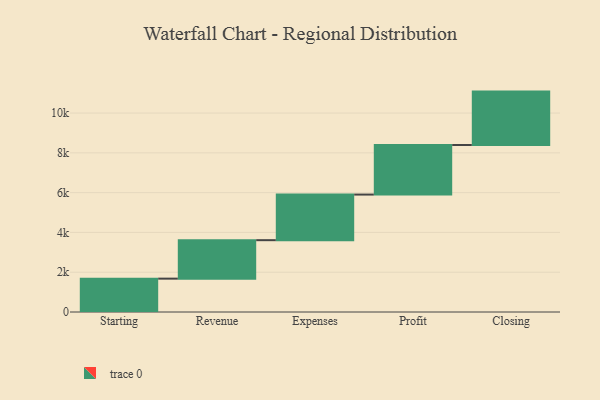
{"axis": {"x": "Step", "y": "Value"}, "legend": [""], "data": [{"x": "Starting", "y": 1677.0, "type": ""}, {"x": "Revenue", "y": 1933.0, "type": ""}, {"x": "Expenses", "y": 2293.0, "type": ""}, {"x": "Profit", "y": 2492.0, "type": ""}, {"x": "Closing", "y": 2684.0, "type": ""}]}